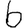
Digit: 6